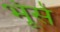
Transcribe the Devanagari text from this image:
भूंसे